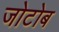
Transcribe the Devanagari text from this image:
जोटोब